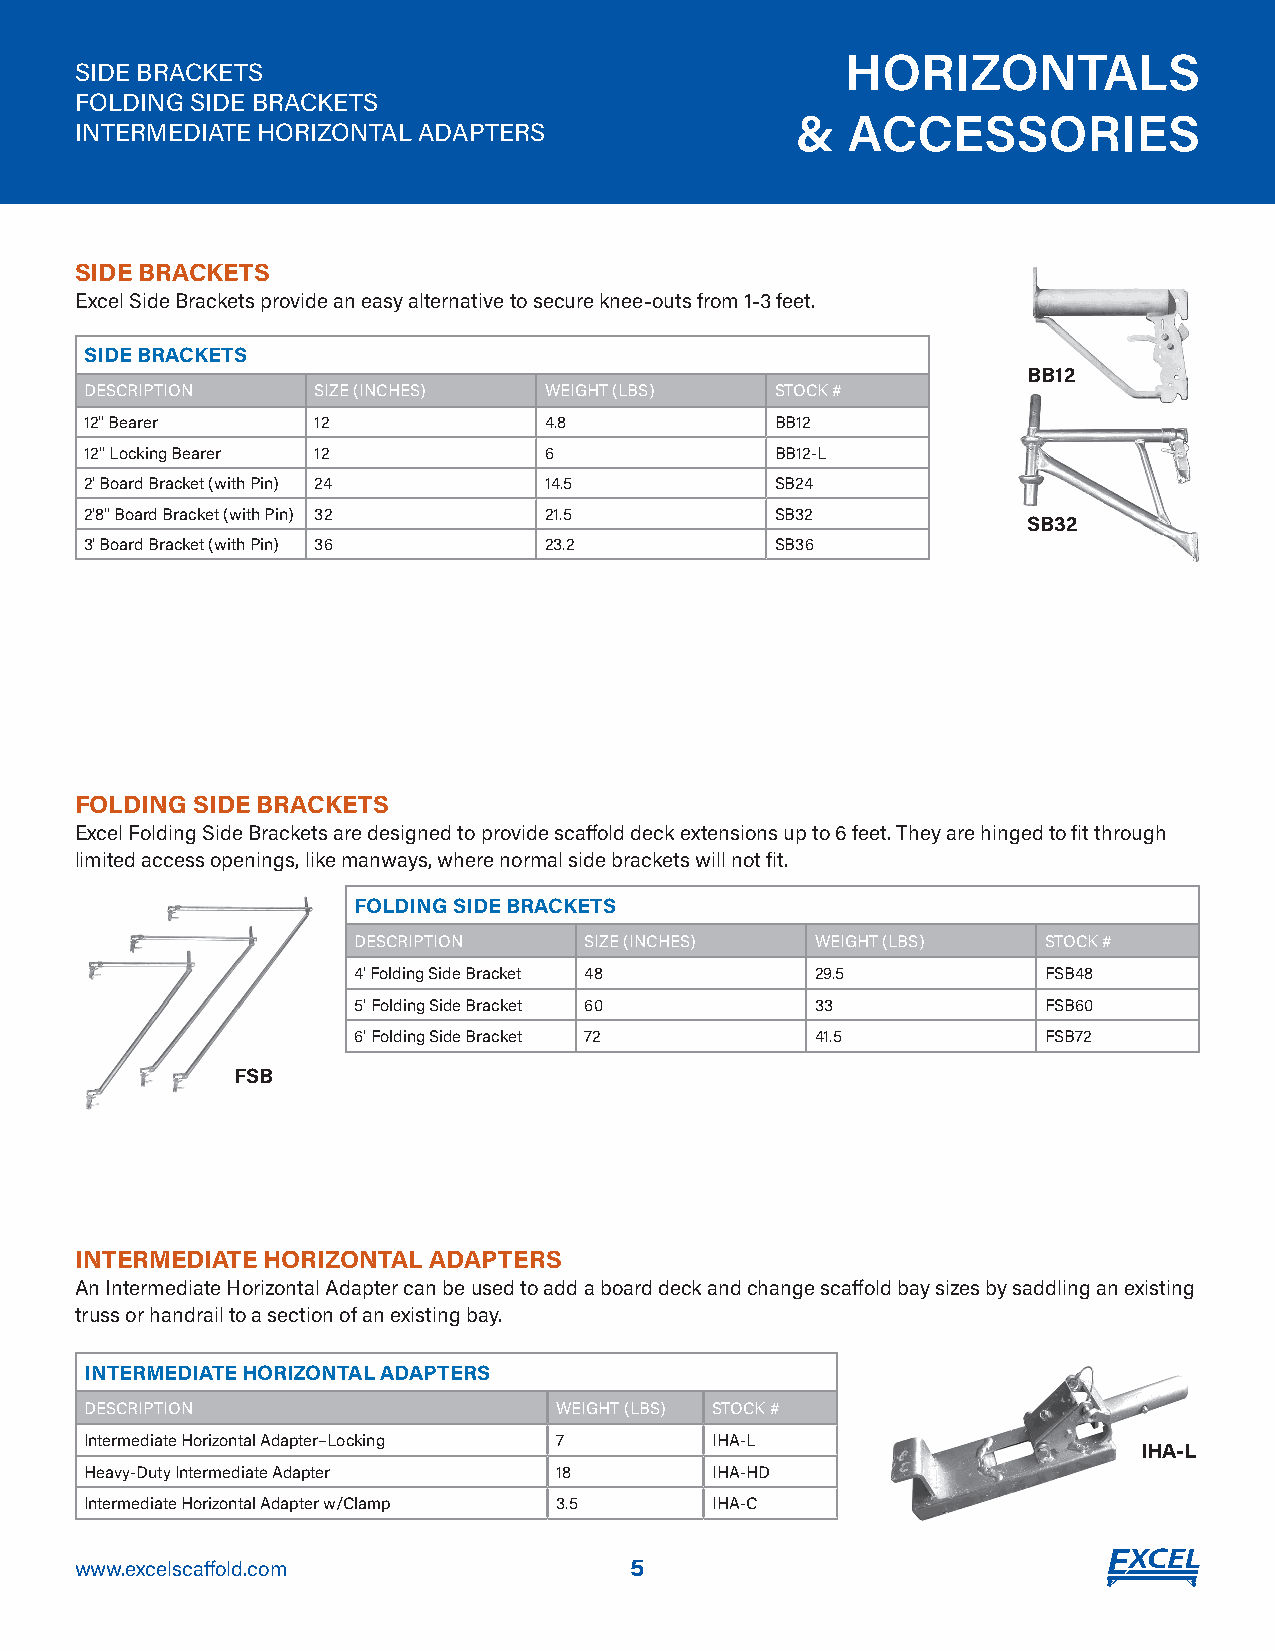
HORIZONTALS
 SIDE BRACKETS
 FOLDING SIDE BRACKETS
 &  ACCESSORIES
 INTERMEDIATE HORIZONTAL ADAPTERS
 SIDE BRACKETS
 Excel Side Brackets provide an easy alternative to secure knee-outs from 1-3 feet.
 SIDE BRACKETS
 BB12
 DESCRIPTION    SIZE (INCHES)  WEIGHT (LBS)   STOCK #
 12" Bearer     12             4.8            BB12
 12" Locking Bearer 12         6              BB12-L
 2' Board Bracket (with Pin) 24 14.5          SB24
 2'8" Board Bracket (with Pin) 32 21.5        SB32
 SB32
 3' Board Bracket (with Pin) 36 23.2          SB36
 FOLDING SIDE BRACKETS
 Excel Folding Side Brackets are designed to provide scaffold deck extensions up to 6 feet. They are hinged to fit through
 limited access openings, like manways, where normal side brackets will not fit.
 FOLDING SIDE BRACKETS
 DESCRIPTION     SIZE (INCHES)  WEIGHT (LBS)   STOCK #
 4' Folding Side Bracket 48     29.5           FSB48
 5' Folding Side Bracket 60     33             FSB60
 6' Folding Side Bracket 72     41.5           FSB72
 FSB
 INTERMEDIATE HORIZONTAL ADAPTERS
 An Intermediate Horizontal Adapter can be used to add a board deck and change scaffold bay sizes by saddling an existing
 truss or handrail to a section of an existing bay.
 INTERMEDIATE HORIZONTAL ADAPTERS
 DESCRIPTION                    WEIGHT (LBS) STOCK #
 Intermediate Horizontal Adapter–Locking 7 IHA-L
 IHA-L
 Heavy-Duty Intermediate Adapter 18       IHA-HD
 Intermediate Horizontal Adapter w/Clamp 3.5 IHA-C
 www.excelscaffold.com                5